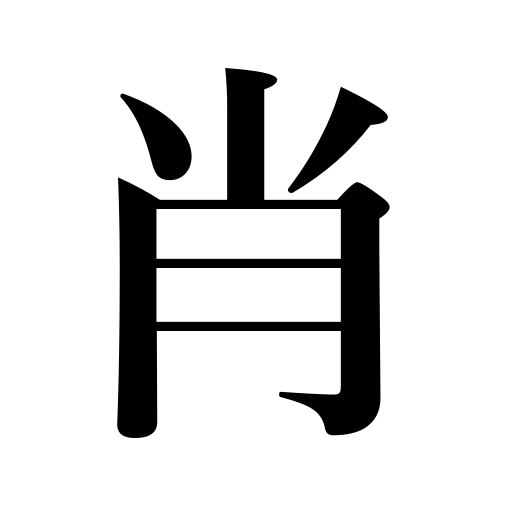
Meanings: resemble